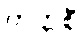
တက္ကစီ